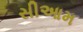
સીઆમ